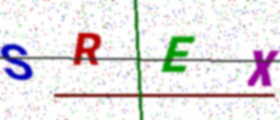
Text: SREX